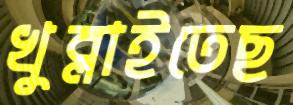
খুব্‌লাইতেছ